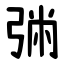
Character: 㢼